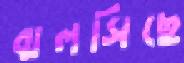
ঝলসিছে